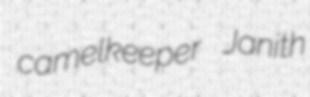
camelkeeper Janith